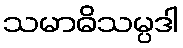
သမာဓိသမ္ပဒါ